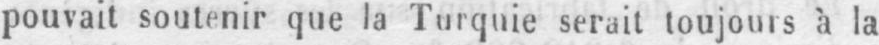
pouvait soutenir que la Turquie serait toujours à la